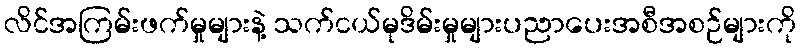
လိင်အကြမ်းဖက်မှုများနဲ့ သက်ငယ်မုဒိမ်းမှုများပညာပေးအစီအစဉ်များကို